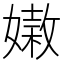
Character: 𡡵